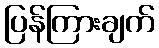
ပြန်ကြားချက်